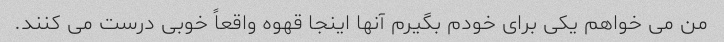
من می خواهم یکی برای خودم بگیرم آنها اینجا قهوه واقعاً خوبی درست می کنند.